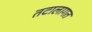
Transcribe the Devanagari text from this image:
तटालागत